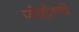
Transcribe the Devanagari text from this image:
जोहोराचे